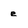
Character: e